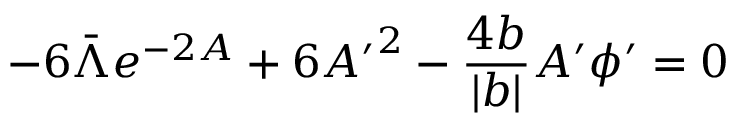
- 6 \bar { \Lambda } e ^ { - 2 A } + 6 { A ^ { \prime } } ^ { 2 } - \frac { 4 b } { | b | } A ^ { \prime } \phi ^ { \prime } = 0